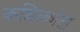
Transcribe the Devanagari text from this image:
कश्चित्कांता